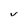
Character: V